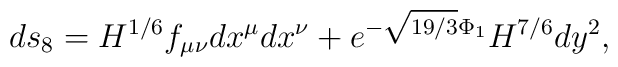
ds_8=H^{1/6} f_{\mu\nu}dx^{\mu}dx^{\nu} +e^{- \sqrt{19/3} \Phi_1}H^{7/6} dy^2  ,